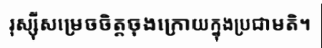
រុស្ស៊ីសម្រេចចិត្តចុងក្រោយក្នុងប្រជាមតិ។